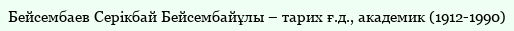
Бейсембаев Серікбай Бейсембайұлы – тарих ғ.д., академик (1912-1990)